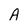
Character: A